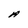
Character: A